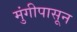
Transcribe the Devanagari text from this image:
मुंगीपासून